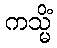
ကသ္မိံ